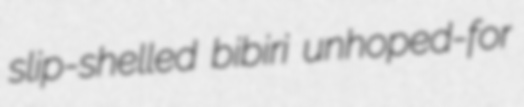
slip-shelled bibiri unhoped-for